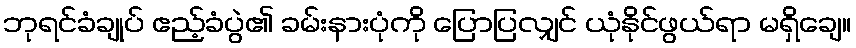
ဘုရင်ခံချုပ် ဧည့်ခံပွဲ၏ ခမ်းနားပုံကို ပြောပြလျှင် ယုံနိုင်ဖွယ်ရာ မရှိချေ။